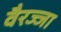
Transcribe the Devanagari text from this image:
वैरज्जा